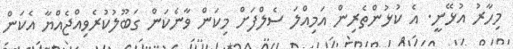
މިހާރު އުޅޭނީ. އެ ކުޅުންތެރިން އަމިއްލަ ސެލްފަށް މިކަން ވާނެކަން ގަބޫލުކުރެވިއްޖެއްޔާ އެކަން